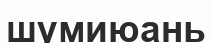
шумиюань